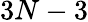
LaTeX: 3N-3